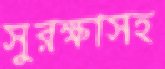
সুরক্ষাসহ